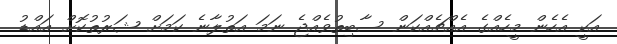
އަކީ އެހެން މީހެއްގެ އެއްޗެއްކަން ސާބިތުވެއްޖެ ނަމަ އަތުލާނެ ކަމަށް ޝަރުތުކޮށް އައްޑު